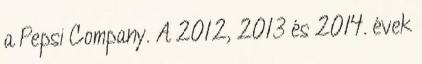
a Pepsi Company. A 2012, 2013 és 2014. évek